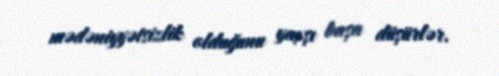
mədəniyyətsizlik olduğunu yaxşı başa düşürlər.